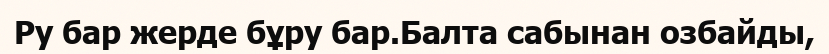
Ру бар жерде бұру бар.Балта сабынан озбайды,